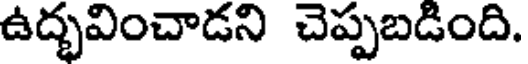
ఉద్భవించాడని చెప్పబడింది.